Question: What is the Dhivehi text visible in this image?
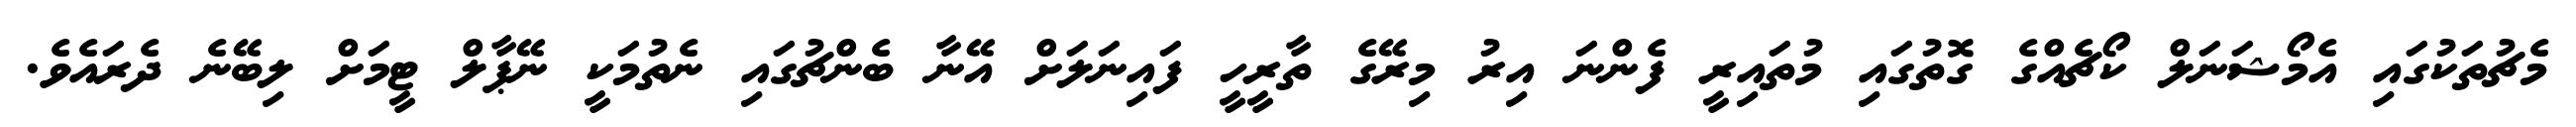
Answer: މެޗުތަކުގައި އެމޯޝަނަލް ކޯޗެއްގެ ގޮތުގައި މުތައިރީ ފެންނަ އިރު މިރޭގެ ތާރީހީ ފައިނަލަށް އޭނާ ބެންޗުގައި ނެތުމަކީ ނޭޕާލް ޓީމަށް ލިބޭނެ ދެރައެވެ.